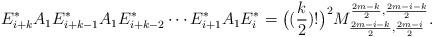
LaTeX: \begin{align*}E^*_{i+k}A_1E^*_{i+k-1}A_1E^*_{i+k-2}\cdots E^*_{i+1}A_1E^*_{i}=\big((\frac{k}{2})!\big)^2 M^{\frac{2m-k}{2},\frac{2m-i-k}{2}}_{\frac{2m-i-k}{2},\frac{2m-i}{2}}.\end{align*}